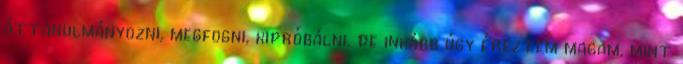
áttanulmányozni, megfogni, kipróbálni, de inkább úgy éreztem magam, mint